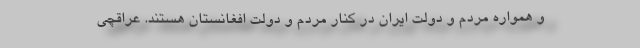
و همواره مردم و دولت ایران در کنار مردم و دولت افغانستان هستند. عراقچی